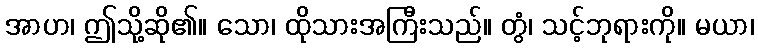
အာဟ၊ ဤသို့ဆို၏။ သော၊ ထိုသားအကြီးသည်။ တွံ၊ သင့်ဘုရားကို။ မယာ၊